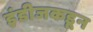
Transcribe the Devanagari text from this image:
इंडीजकडून